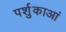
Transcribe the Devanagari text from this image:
पर्शुकाआं